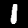
Digit: 1